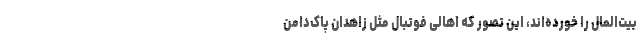
بیت‌المال را خورده‌اند، این تصور که اهالی فوتبال مثل زاهدان پاک‌دامن